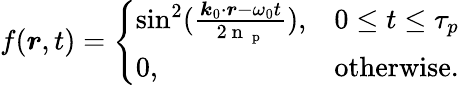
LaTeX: f(\boldsymbol{r},t)=\left\{ \begin{array}{ll}{\sin^{2}(\frac{\boldsymbol{k}_{0}\cdot\boldsymbol{r}-\omega_{0}t}{2\mathrm{~n~}_{\mathrm{~p~}}}),}&{0\leq t\leq\tau_{p}}\\ {0,}&{\mathrm{otherwise}.}\end{array}\right.